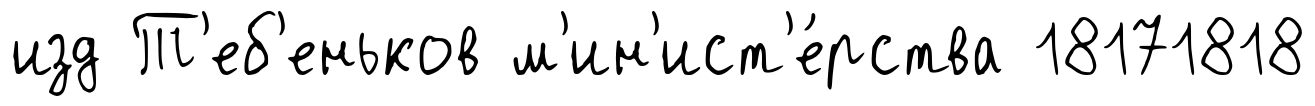
изд Т'еб'еньков м'ин'ист'е́рства 18171818